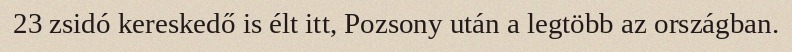
23 zsidó kereskedő is élt itt, Pozsony után a legtöbb az országban.